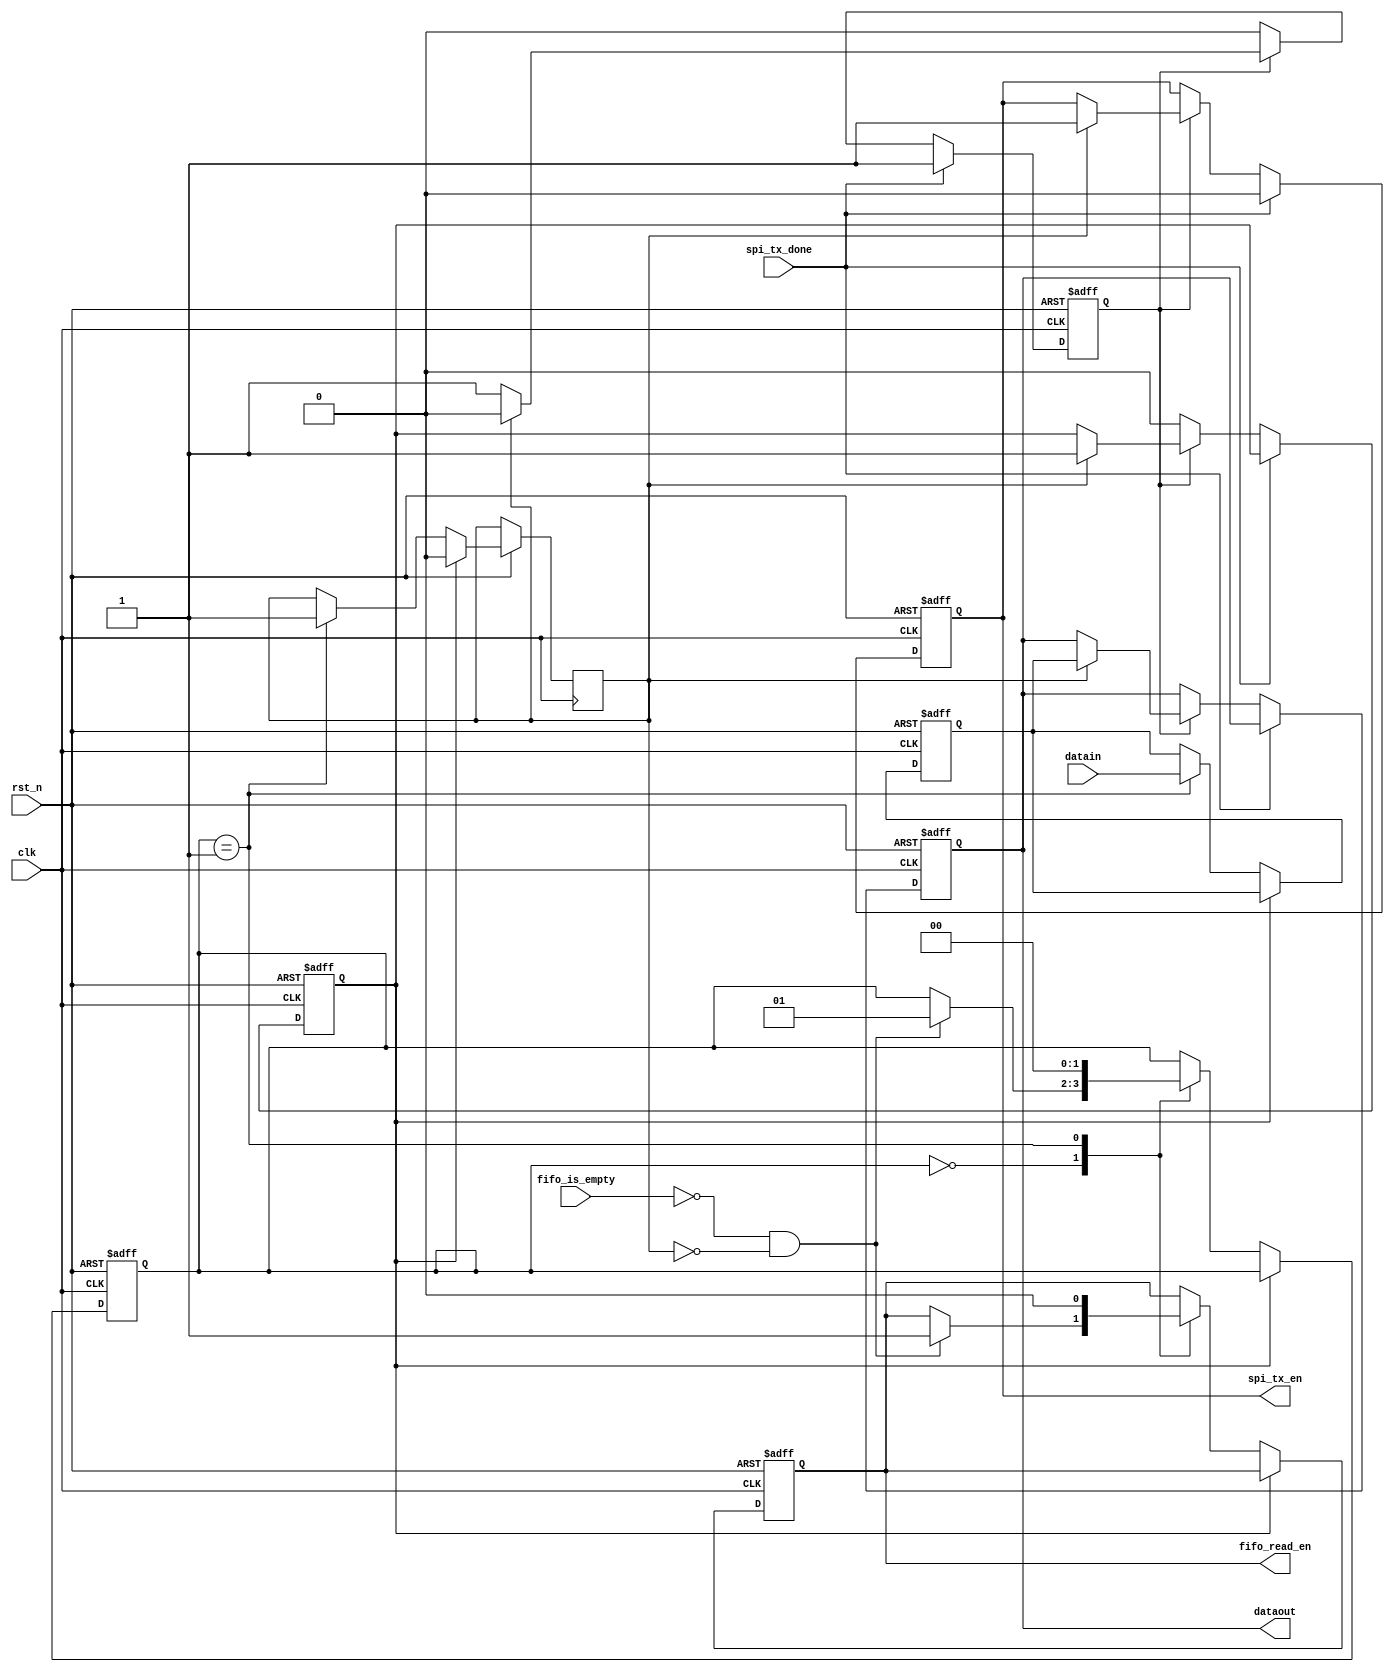
module fifo_read(
    input clk,
    input rst_n,

    input fifo_is_empty,
    input [7:0] datain,
    output reg fifo_read_en,

    input spi_tx_done,
    output reg [7:0] dataout,
    output reg spi_tx_en
);

reg [1:0] fifo_read_state;
reg [0:0] idle = 1;
reg [7:0] data = 0;
reg fifo_data_ready = 0;
reg spi_read_done = 0;

//FIFO
always @(posedge clk or negedge rst_n) begin
    if(!rst_n) begin
        fifo_read_en = 0;
        fifo_read_state = 0;
        data = 0;
    end

    else if(spi_read_done) begin
        fifo_data_ready = 0;
    end

    else
        case(fifo_read_state)
        2'd0:
            begin
                if(!fifo_is_empty && !fifo_data_ready) begin
                    fifo_read_en = 1;
                    fifo_read_state = 1;
                end
            end
        2'd1:
            begin
                data = datain;
                fifo_data_ready = 1;
                fifo_read_en = 0;
                fifo_read_state = 0;
            end
        endcase
end

//SPI
always @(posedge clk or negedge rst_n) begin
    if(!rst_n) begin
        dataout = 0;
        spi_tx_en = 0;
        spi_read_done = 0;
        idle = 1;
    end

    else if(spi_tx_done) begin
        idle = 1;
        spi_tx_en = 0;
    end

    else if(idle) begin
        if(fifo_data_ready) begin
            spi_read_done = 1;
            dataout[7:0] = data[7:0];
            spi_tx_en = 1;
            idle = 0;
        end
    end

    else if(spi_read_done) begin
        spi_read_done = 0;
    end
end

endmodule